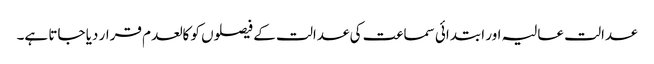
عدالت عالیہ اور ابتدائی سماعت کی عدالت کے فیصلوں کو کالعدم قرار دیا جاتا ہے۔